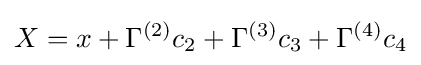
X=x+\Gamma ^{(2)}c_{2}+\Gamma ^{(3)}c_{3}+\Gamma ^{(4)}c_{4}